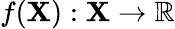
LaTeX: f(\mathbf{X}):\mathbf{X}\to\mathbb{R}